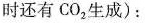
时还有CO_{2}生成)：